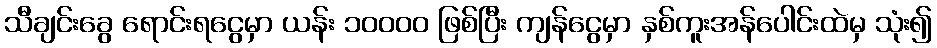
သီချင်းခွေ ရောင်းရငွေမှာ ယန်း ၁၀၀၀၀ ဖြစ်ပြီး ကျန်ငွေမှာ နှစ်ကူးအန်ပေါင်းထဲမှ သုံး၍